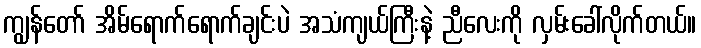
ကျွန်တော် အိမ်ရောက်ရောက်ချင်းပဲ အသံကျယ်ကြီးနဲ့ ညီလေးကို လှမ်းခေါ်လိုက်တယ်။